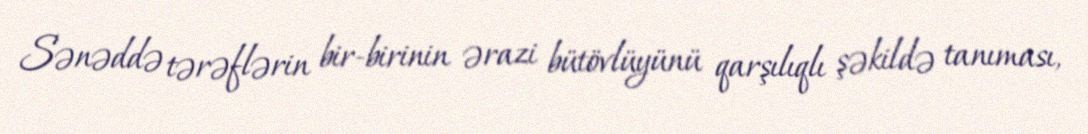
Sənəddə tərəflərin bir-birinin ərazi bütövlüyünü qarşılıqlı şəkildə tanıması,